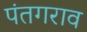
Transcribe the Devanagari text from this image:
पंतगराव